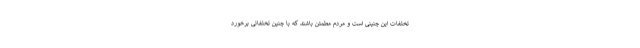
تخلفات این چنینی است و مردم مطمئن باشند که با چنین تخلفاتی برخورد